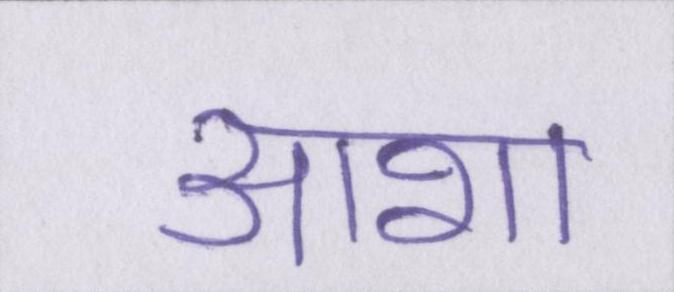
आशा